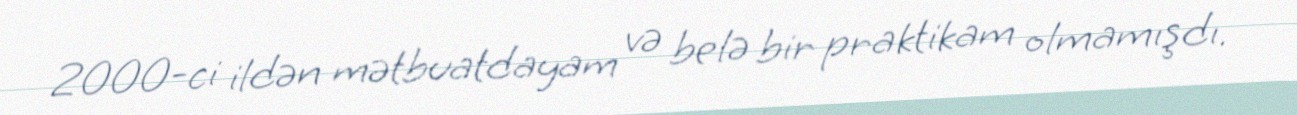
2000-ci ildən mətbuatdayam və belə bir praktikam olmamışdı.